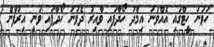
ހަވަނަ ހީޓްގައި އެއްވަނަ އިމާދު ހޯދާފައި ވާއިރު ދެވަނަ ހޯދާފައި ވަނީ އިރުފާން